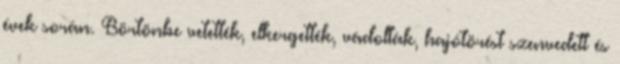
évek során. Börtönbe vetették, elkergették, vádolták, hajótörést szenvedett és